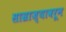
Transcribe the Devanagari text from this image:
साम्राज्यावरून